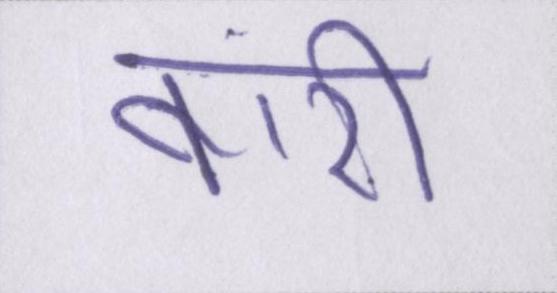
बारी